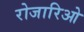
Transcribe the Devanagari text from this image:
रोजारिओ